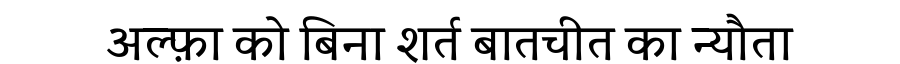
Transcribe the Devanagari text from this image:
अल्फ़ा को बिना शर्त बातचीत का न्यौता